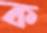
ক